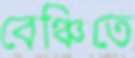
বেঞ্চিতে